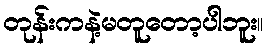
တုန်းကနဲ့မတူတော့ပါဘူး။